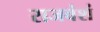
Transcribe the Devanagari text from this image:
राजवंशं